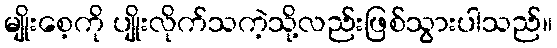
မျိုးစေ့ကို ပျိုးလိုက်သကဲ့သို့လည်းဖြစ်သွားပါသည်။